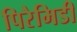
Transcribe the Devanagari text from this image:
पिरैमिडी